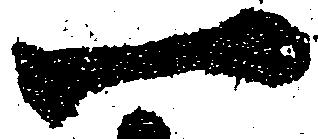
一